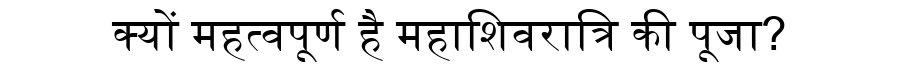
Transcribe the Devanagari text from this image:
क्यों महत्वपूर्ण है महाशिवरात्रि की पूजा?